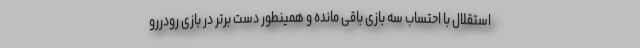
استقلال با احتساب سه بازی باقی مانده و همینطور دست برتر در بازی رودررو